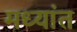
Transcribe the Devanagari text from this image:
मध्यांत